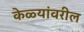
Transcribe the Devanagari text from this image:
केळ्यांवरील